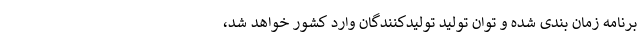
برنامه زمان بندی شده و توان تولید تولیدکنندگان وارد کشور خواهد شد،